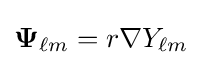
\mathbf {\Psi } _{\ell m}=r\nabla Y_{\ell m}